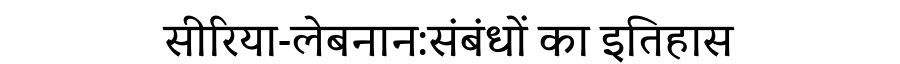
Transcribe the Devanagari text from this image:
सीरिया-लेबनान:संबंधों का इतिहास